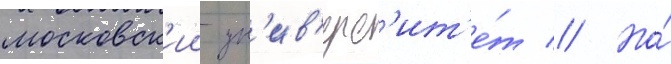
московск'ии ун'ив'ерс'ит'е́т // Но́